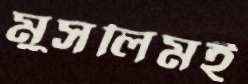
মুসলিমই